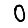
Digit: 0